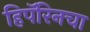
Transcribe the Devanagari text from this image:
हिपॅरिनचा